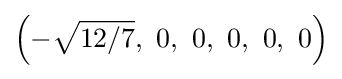
\left(-{\sqrt {12/7}},\ 0,\ 0,\ 0,\ 0,\ 0\right)